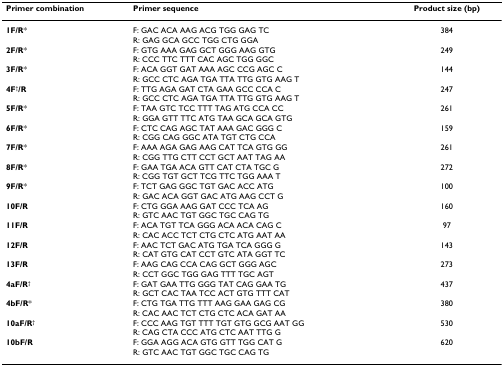
<table><thead><tr><td><b>Primer combination</b></td><td><b>Primer sequence</b></td><td><b>Product size (bp)</b></td></tr></thead><tbody><tr><td><b>1F/R</b>*</td><td>F: GAC ACA AAG ACG TGG GAG TCR: GAG GCA GCC TGG CTG GGA</td><td>384</td></tr><tr><td><b>2F/R</b>*</td><td>F: GTG AAA GAG GCT GGG AAG GTGR: CCC TTC TTT CAC AGC TGG GGC</td><td>249</td></tr><tr><td><b>3F/R</b>*</td><td>F: ACA GGT GAT AAA AGC CCG AGC CR: GCC CTC AGA TGA TTA TTG GTG AAG T</td><td>144</td></tr><tr><td><b>4F</b><sup>†</sup><b>/R</b></td><td>F: TTG AGA GAT CTA GAA GCC CCA CR: GCC CTC AGA TGA TTA TTG GTG AAG T</td><td>247</td></tr><tr><td><b>5F/R</b>*</td><td>F: TAA GTC TCC TTT TAG ATG CCA CCR: GGA GTT TTC ATG TAA GCA GCA GTG</td><td>261</td></tr><tr><td><b>6F/R</b>*</td><td>F: CTC CAG AGC TAT AAA GAC GGG CR: CGG CAG GGC ATA TGT CTG CCA</td><td>159</td></tr><tr><td><b>7F/R</b>*</td><td>F: AAA AGA GAG AAG CAT TCA GTG GGR: CGG TTG CTT CCT GCT AAT TAG AA</td><td>261</td></tr><tr><td><b>8F/R</b>*</td><td>F: GAA TGA ACA GTT CAT CTA TGC GR: CGG TGT GCT TCG TTC TGG AAA T</td><td>272</td></tr><tr><td><b>9F/R</b>*</td><td>F: TCT GAG GGC TGT GAC ACC ATGR: GAC ACA GGT GAC ATG AAG CCT G</td><td>100</td></tr><tr><td><b>10F/R</b></td><td>F: CTG GGA AAG GAT CCC TCA AGR: GTC AAC TGT GGC TGC CAG TG</td><td>160</td></tr><tr><td><b>11F/R</b></td><td>F: ACA TGT TCA GGG ACA ACA CAG CR: CAC ACC TCT CTG CTC ATG AAT AA</td><td>97</td></tr><tr><td><b>12F/R</b></td><td>F: AAC TCT GAC ATG TGA TCA GGG GR: CAT GTG CAT CCT GTC ATA GGT TC</td><td>143</td></tr><tr><td><b>13F/R</b></td><td>F: AAG CAG CCA CAG GCT GGG AGCR: CCT GGC TGG GAG TTT TGC AGT</td><td>273</td></tr><tr><td><b>4aF/R</b><sup>†</sup></td><td>F: GAT GAA TTG GGG TAT CAG GAA TGR: GCT CAC TAA TCC ACT GTG TTT CAT</td><td>437</td></tr><tr><td><b>4bF/R</b>*</td><td>F: CTG TGA TTG TTT AAG GAA GAG CGR: CAC AAC TCT CTG CTC ACA GAT AA</td><td>380</td></tr><tr><td><b>10aF/R</b><sup>†</sup></td><td>F: CCC AAG TGT TTT TGT GTG GCG AAT GGR: CAG CTA CCC ATG CTC AAT TTG G</td><td>530</td></tr><tr><td><b>10bF/R</b></td><td>F: GGA AGG ACA GTG GTT TGG CAT GR: GTC AAC TGT GGC TGC CAG TG</td><td>620</td></tr></tbody></table>